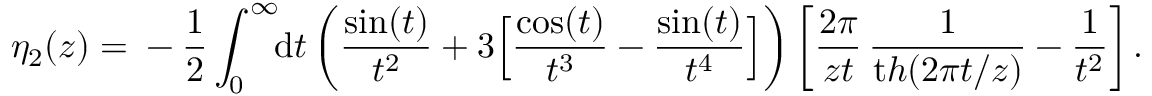
\eta _ { 2 } ( z ) = \mathrm { } - \frac 1 2 \int _ { 0 } ^ { \infty } \! \! { \mathrm { d } } t \left( \frac { \sin ( t ) } { t ^ { 2 } } + 3 \Big [ { \frac { \cos ( t ) } { t ^ { 3 } } } - { \frac { \sin ( t ) } { t ^ { 4 } } } \Big ] \right) \left[ \frac { 2 \pi } { z t } \, \frac { 1 } { { \mathrm t h } ( 2 \pi t / z ) } - \frac { 1 } { t ^ { 2 } } \right] .